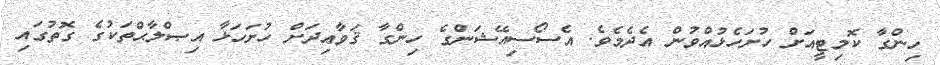
ހިންގާ ކޮމިޓީއަށް ހުށަހެޅުއްވުން އެދެމެވެ. އެސޯސިއޭޝަންގެ ހިންގާ ޤަވާޢިދަށް ހުށަހަޅާ އިޞްލާޙްތަކުގެ ގޮތުގައި